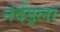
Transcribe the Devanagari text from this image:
नंदेंड्ला